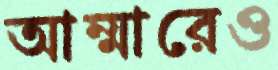
আম্মারেও